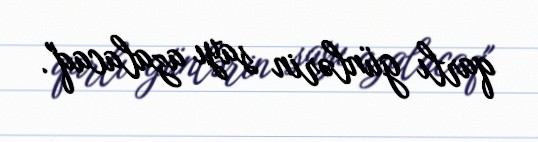
qarlı günlərin sayı azalacaq".